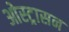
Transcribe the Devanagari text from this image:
ओस्ट्रासन